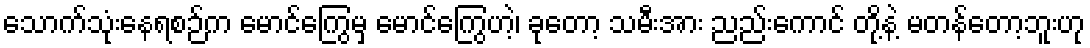
သောက်သုံးနေရစဉ်က မောင်ကြွေမှ မောင်ကြွေဟဲ့၊ ခုတော့ သမီးအား ညည်းကောင် တို့နဲ့ မတန်တော့ဘူးဟု